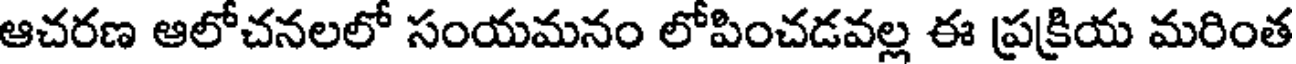
ఆచరణ ఆలోచనలలో సంయమనం లోపించడవల్ల ఈ ప్రక్రియ మరింత